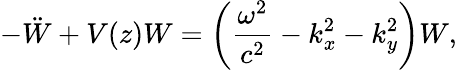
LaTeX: -\ddot{W}+V(z)W=\left(\frac{\omega^{2}}{c^{2}}-k_{x}^{2}-k_{y}^{2}\right)W,